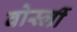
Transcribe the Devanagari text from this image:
वोर्स्ली